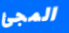
المجئ